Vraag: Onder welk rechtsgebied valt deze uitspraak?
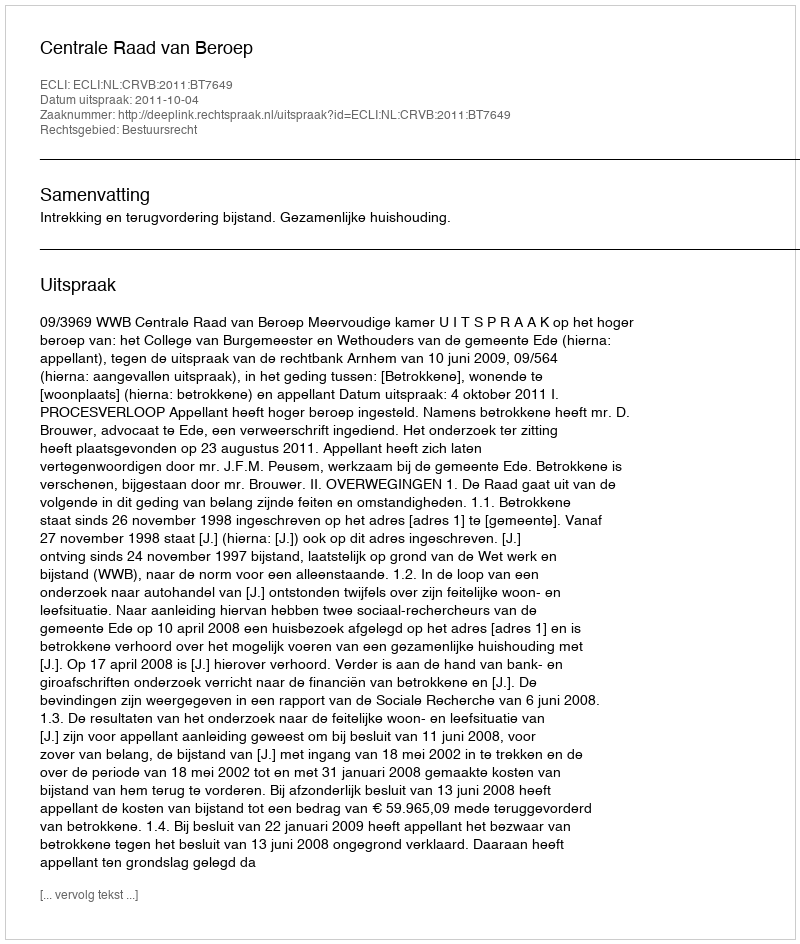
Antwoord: Bestuursrecht